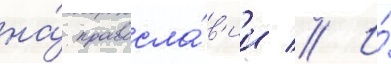
на́ правосла́в'ии // И́